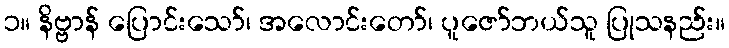
၁။ နိဗ္ဗာန် ပြောင်းသော်၊ အလောင်းတော်၊ ပူဇော်ဘယ်သူ ပြုသနည်း။